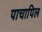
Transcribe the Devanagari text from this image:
पाचापिल